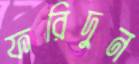
ফরিদুন